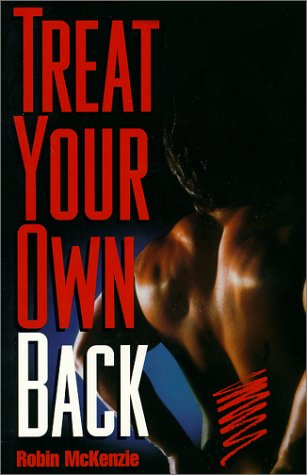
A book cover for Treat Your Own Back; Robin A. McKenzie; Health, Fitness & Dieting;